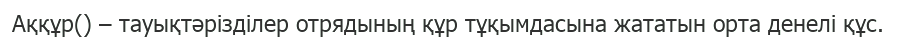
Аққұр() – тауықтәрізділер отрядының құр тұқымдасына жататын орта денелі құс.